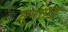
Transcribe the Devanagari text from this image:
घुमतात